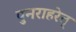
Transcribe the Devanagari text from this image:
पुनराहरेत्